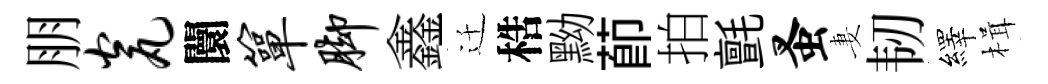
朋瓮闤箪脚鑫迁梏黝莭拍氈蚤妻韧繹楫